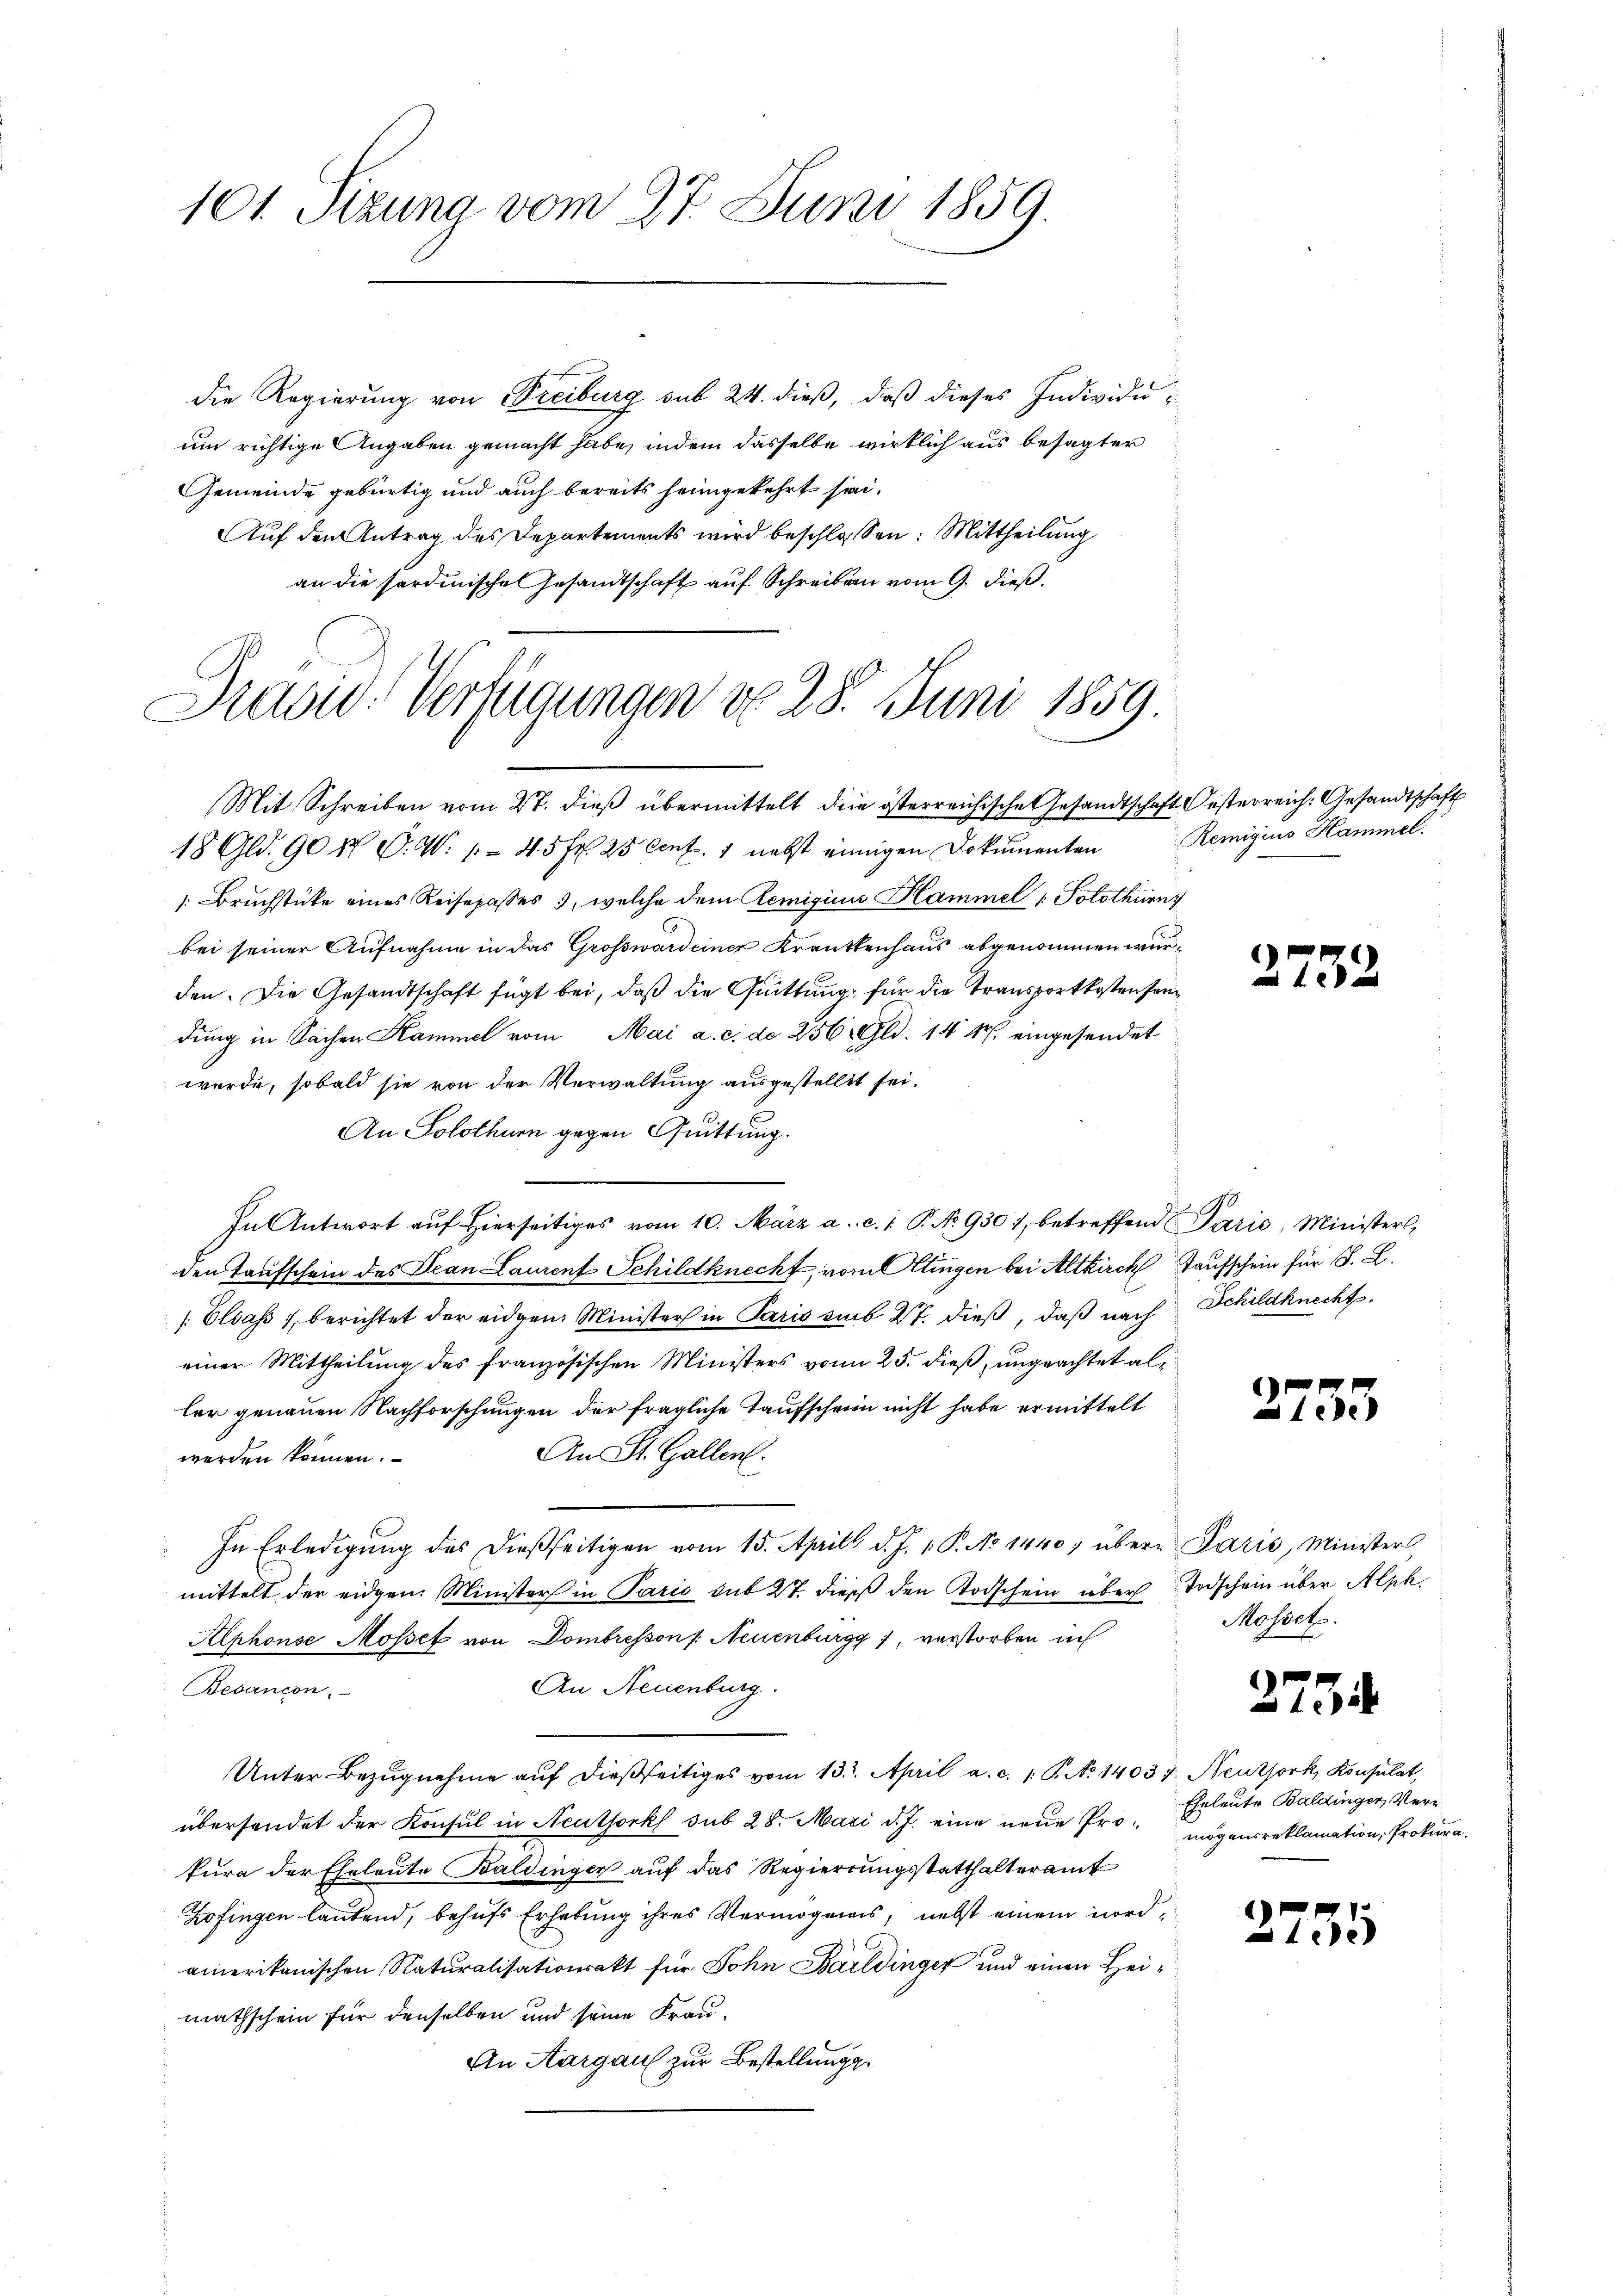
101. Sizung vom 27. Juni 1859.

die Regierung von Freiburg sub 24. dieß, daß dieses Individuum richtige Angaben gemacht habe, indem dasselbe wirklich aus besagter
Gemeinde gebürtig und auch bereits heimgekehrt sein.
Auf den Antrag des Departements wird beschlossen: Mittheilung
an die sardinische Gesandtschaft auf Schreiben vom 9. dieß.
Mit Schreiben vom 27. dieß übermittelt die österreichische Gesandtschaft Oesterreich. Gesandtschaft
18 Gld. 90 M D. W. / 45 Fr. 25 Cent. 1 nebst einigen Dokumenten Remigius Hammel.
: Bruchstücke eines Reisepasses 3, welche dem Remigicus Hammel 1 Solothurn
bei seiner Aufnahme in das Grosswardeiner Krautkenhaus abgenommen wurd
den. Die Gesandtschaft fügt bei, daß die Guittung, für die Transportkosten sein
dŭng in Sachen Kammel vom Mai a. c. de 256 Gld. 14 M. eingesendet
werde, sobald sie von der Verwaltung ausgestellt sei.
An Solothurn gegen Quittung.
A
In Antwort aŭf hierseitiges vom 10. März a. c. 1 P. No. 930), betreffend Paris, Ministers,
den Taufschein des Jean Laurent Schildknecht, vom lingen bei Altkirch Taufschein für S. L.
Elsass, berichtet der eidgen Minister in Paris sub 27. dieß, daß nach Schildknecht
einer Mittheilung des französischen Ministers vom 25. dieß, ungeachtet aller genauen Nachforschungen der fragliche Taufschein nicht habe ermittelt
An St. Gallen.
werden können.
In Erledigung des dießseitigen vom 15. Aprill d. J. v. P. No 1440, übere Paris, Minister
mittelt der eidgen. Minister in Paris sub 27. dies den Todschein über Todschein über Alph
Alphonse Mosset von Dombresson /: Neuenburgg), verstorben in
An Neuenburg.
Besancon.
Unter Bezŭgnehme aŭf dießseitiges vom 13. April a. c. 1 S. No 14037. Neutjork, Konsulat,
übersendet der Konsul in Neuthorks sub 28. Mai d. J. eine neue Prokura der Eheleute Baldinger auf das Regierungsstatthalteramt
Zofingen lautend, behufs Erhebung ihres Vermögens, nebst einem nord
amerikanischen Naturalisationsakt für John Baildinger und einen Heimathschein für denselben und seine Frau¬
An Aargau zur Bestellungs¬

Präsid. Verfügungen do 28. Juni 1859.

2732

2753

Mosset.

2754.

Eheleute Baldinger, Verimögensreklamation, Prokura¬

2735